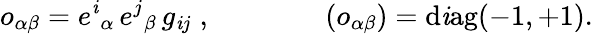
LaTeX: o_{\alpha\beta}=e^{\mathit{i}}{}_{\alpha}\, e^{j}{}_{\beta}\, g_{\mathit{i}j}\; ,\qquad\qquad(o_{\alpha\beta})=\mathrm{{d\mathit{i}ag}}(-1,+1).